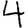
Digit: 4